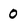
Character: 0